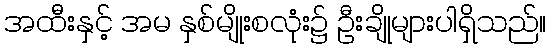
အထီးနှင့် အမ နှစ်မျိုးစလုံး၌ ဦးချိုများပါရှိသည်။